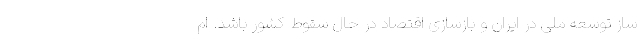
ساز توسعه ملی در ایران و بازسازی اقتصاد در حال سقوط کشور باشد. ام